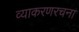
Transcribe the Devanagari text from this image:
व्याकरणरचना